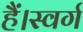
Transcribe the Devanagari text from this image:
हैं।स्वर्ग